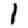
Digit: 1